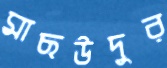
মাছউদুর